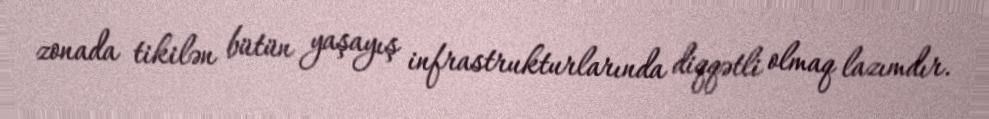
zonada tikilən bütün yaşayış infrastrukturlarında diqqətli olmaq lazımdır.